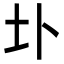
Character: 圤